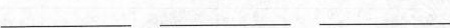
___ ___ ___